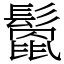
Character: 𩮻